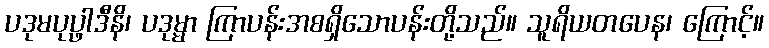
ပဒုမပုပ္ဖာဒီနိ၊ ပဒုမ္မာ ကြာပန်းအစရှိသောပန်းတို့သည်။ သူရိယတပေန၊ ကြောင့်။